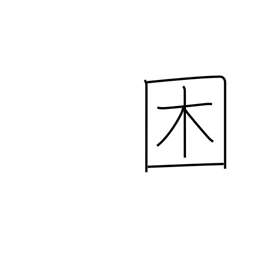
Meaning: become distressed